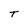
Character: T